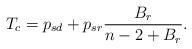
LaTeX: \begin{align*}T_c=p_{sd}+p_{sr}\frac{B_r}{n-2+B_r}. \end{align*}